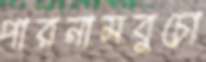
পারনামবুচো